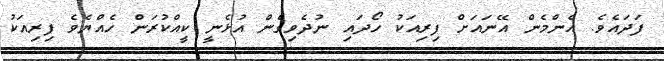
ފަދައެވެ. އެންމެން އޭނައަށް ފިރިއަކު ހޯދައި ނުދެވިގެން އުޅެނީ ކީއްކުރަން ހެއްޔެވެ ފިރިއަކު